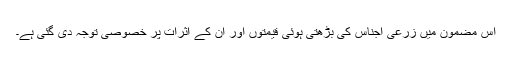
اس مضمون میں زرعی اجناس کی بڑھتی ہوئی قیمتوں اور ان کے اثرات پر خصوصی توجہ دی گئی ہے۔